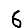
Digit: 6